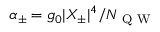
\alpha _ { \pm } = g _ { 0 } | X _ { \pm } | ^ { 4 } / N _ { \mathrm { ~ Q ~ W ~ } }